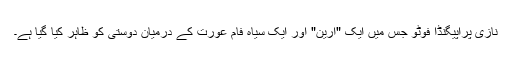
نازی پراپیگنڈا فوٹو جس میں ایک "آرین" اور ایک سیاہ فام عورت کے درمیان دوستی کو ظاہر کیا گیا ہے۔